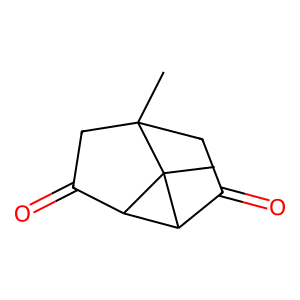
SMILES: CC12CC(=O)C3C(C(=O)C1)C32C
Inhibits HIV replication: No